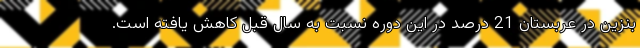
بنزین در عربستان 21 درصد در این دوره نسبت به سال قبل کاهش یافته است.